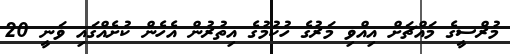
މުރްސީގެ މައްޗަށް އިއްވި މަރުގެ ހުކުމުގެ އިތުރުން އެެހެން ކުށެއްގައި ވަނީ 20